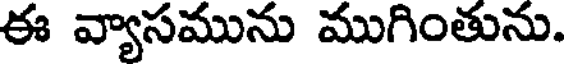
ఈ వ్యాసమును ముగింతును.